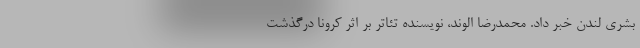
بشری لندن خبر داد. محمدرضا الوند، نویسنده تئاتر بر اثر کرونا درگذشت